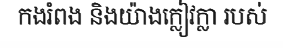
កងរំពង និងយ៉ាងក្លៀវក្លា របស់